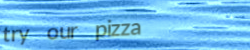
try our pizza